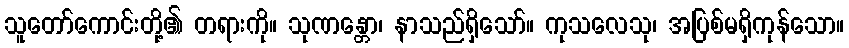
သူတော်ကောင်းတို့၏ တရားကို။ သုဏန္တော၊ နာသည်ရှိသော်။ ကုသလေသု၊ အပြစ်မရှိကုန်သော။